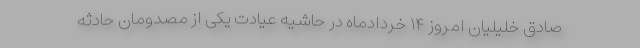
صادق خلیلیان امروز ۱۴ خردادماه در حاشیه عیادت یکی از مصدومان حادثه